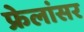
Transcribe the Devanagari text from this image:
फ्रेलांसर